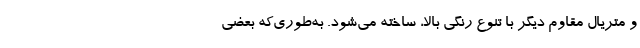
و متریال مقاوم دیگر با تنوع رنگی بالا، ساخته می‌شود. به‌طوری‌که بعضی